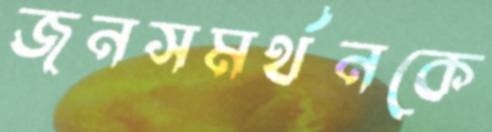
জনসমর্থনকে